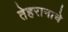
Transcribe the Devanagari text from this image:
तेहरानाचे